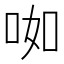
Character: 𱒥